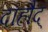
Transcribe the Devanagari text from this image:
दाहौद्